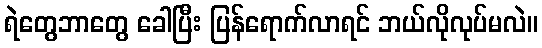
ရဲတွေဘာတွေ ခေါပြီး ပြန်ရောက်လာရင် ဘယ်လိုလုပ်မလဲ။